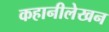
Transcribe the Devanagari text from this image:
कहानीलेखन